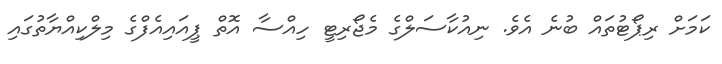
ކަމަށް ރިޕޯޓުތައް ބުނެ އެވެ. ނިއުކާސަލްގެ މެޖޯރިޓީ ހިއްސާ އޮތް ޕީއައިއެފްގެ މިލްކިއްޔާތުގައި